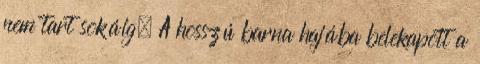
nem tart sokáig. A hosszú barna hajába belekapott a